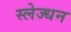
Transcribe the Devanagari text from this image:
स्लेज्धन